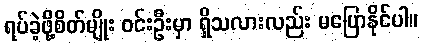
ရပ်ခဲ့ဖို့စိတ်မျိုး ဝင်းဦးမှာ ရှိသလားလည်း မပြောနိုင်ပါ။